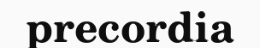
precordia